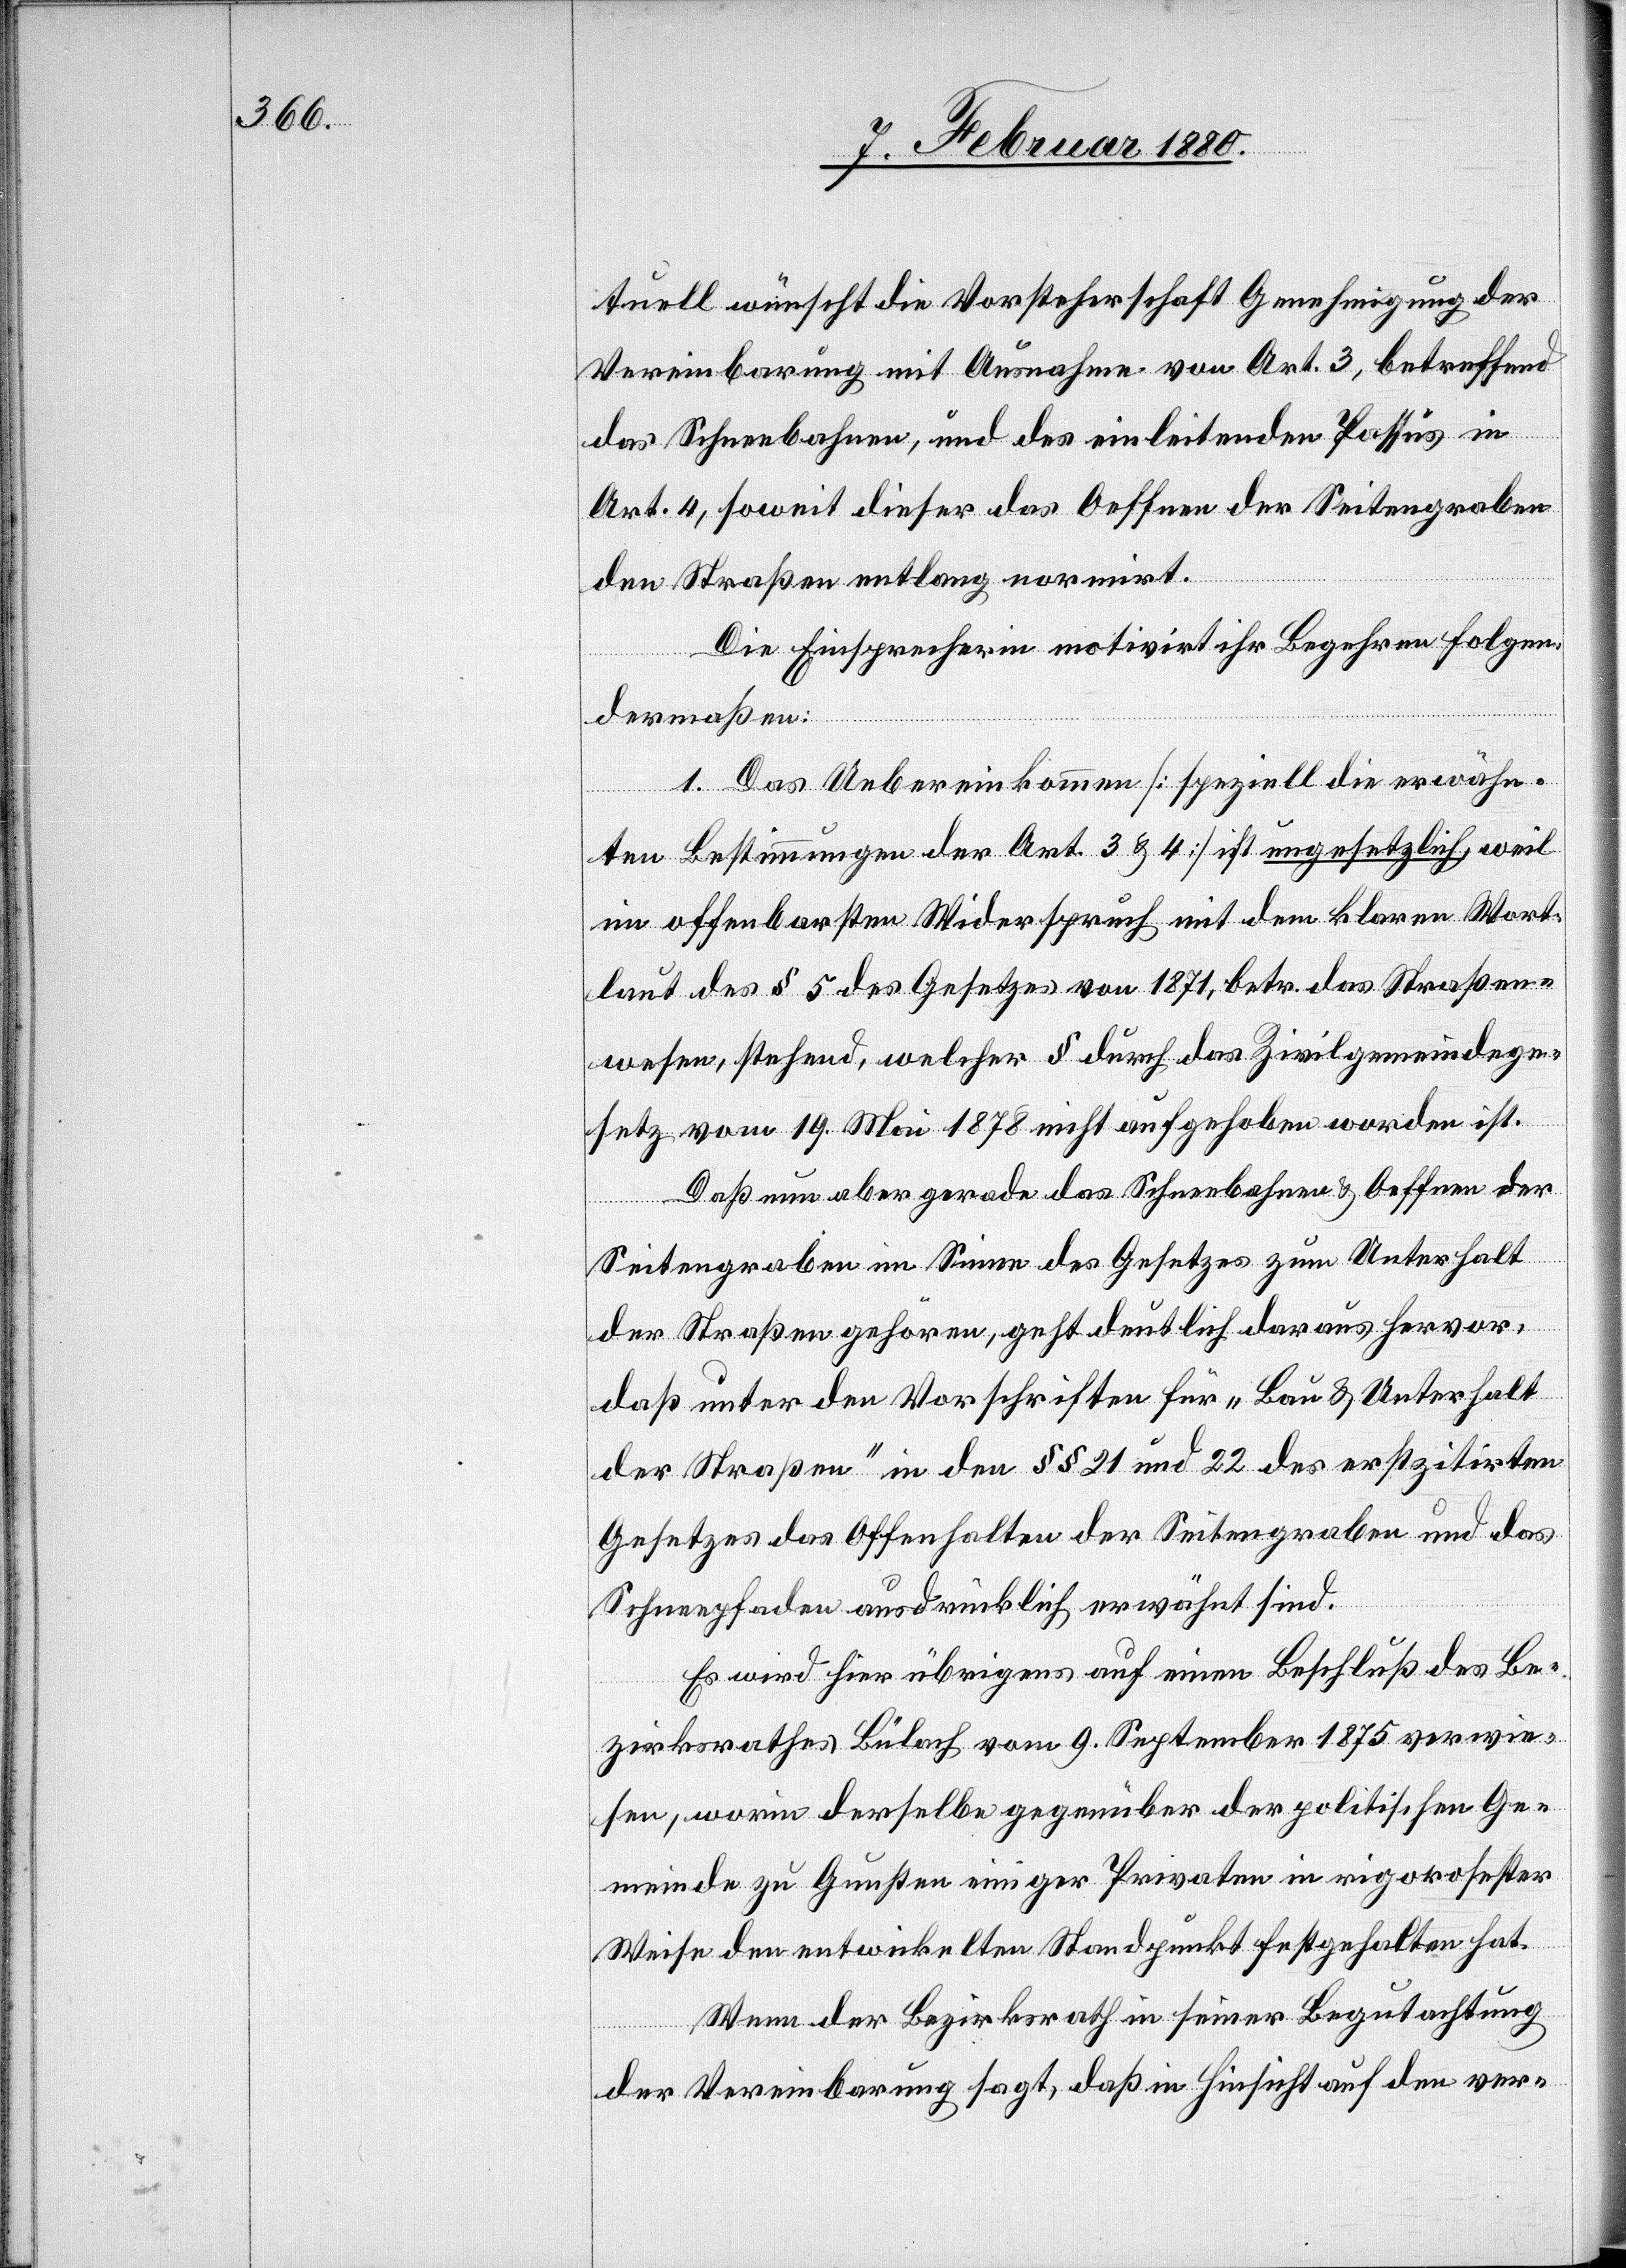
tuell wünscht die Vorsteherschaft Genehmigung der
Vereinbarung mit Ausnahme von Art. 3, betreffend
das Schneebahnen, und das einleitende Passus in
Art. 4, soweit dieser das Oeffnen der Seitengraben
der Straßen entlang normirt.
Die Einsprecherin motivirt ihr Begehren folgen¬
dermaßen:
1. Das Uebereinkommen [speziell die erwähn¬
ten Bestimmungen der Art. 3 & 4] ist ungesetzlich weil
im offenbarsten Widerspruch mit dem klaren Wort¬
laut des § 5 des Gesetzes von 1871, betr. das Straßen¬
wesen, stehend, welcher § durch das Zivilgemeindege¬
setz vom 19. Mai 1878 nicht aufgehoben worden ist.
Daß nun aber gerade das Schneebahnen & Oeffnen der
Seitengraben im Sinne des Gesetzes zum Unterhalt
der Straßen gehören, geht deutlich daraus hervor,
daß unter den Vorschriften für „Bau & Unterhalt
der Straßen“ in den §§ 21 und 22 des erstzitirten
Gesetzes das Offenhalten der Seitengraben und das
Schneepfaden ausdrücklich erwähnt sind.
Es wird hier übrigens auf einen Beschluß des Be¬
zirksrathes Bülach vom 9. September 1875 verwie¬
sen, worin derselbe gegenüber der politischen Ge¬
meinde zu Gunsten einiger Privaten in rigoroster
Weise den entwickelten Standpunkt festgehalten hat.
Wenn der Bezirksrath in seiner Begutachtung
der Vereinbarung sagt, daß in Hinsicht auf den ver-